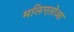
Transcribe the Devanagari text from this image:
मलिएतोआ